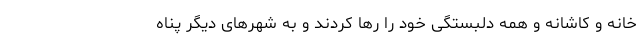
خانه و کاشانه و همهٔ دلبستگی خود را رها کردند و به شهرهای دیگر پناه